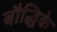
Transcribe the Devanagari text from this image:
बौद्धिके